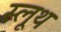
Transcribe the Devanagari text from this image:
स्लूथ